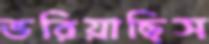
ভরিয়াছিস